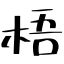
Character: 梧